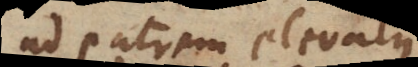
ad patrem elevatus,